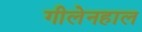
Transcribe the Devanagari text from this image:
गीलेनहाल